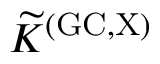
\widetilde { K } ^ { \mathrm { ( G C , X ) } }